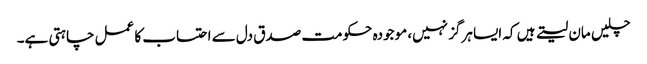
چلیں مان لیتے ہیں کہ ایسا ہرگز نہیں، موجودہ حکومت صدق دل سے احتساب کا عمل چاہتی ہے۔